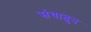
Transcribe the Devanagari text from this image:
संघातुन